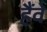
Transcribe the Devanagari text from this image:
हैंवे